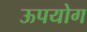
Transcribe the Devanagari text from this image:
ऊपयोग